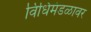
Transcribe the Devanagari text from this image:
विधिमंडळावर